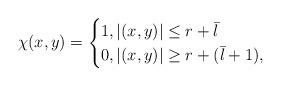
LaTeX: \begin{align*}\chi(x,y)=\begin{cases}1,|(x,y)|\leq r+\bar{l}\\0,|(x,y)|\geq r+(\bar{l}+1),\end{cases}\end{align*}